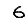
Digit: 6